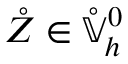
\mathring { Z } \in \mathring { \mathbb { V } } _ { h } ^ { 0 }